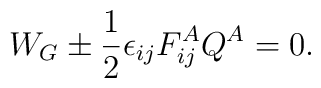
W_G \pm \frac{1}{2}\epsilon_{ij}F_{ij}^AQ^A = 0 .